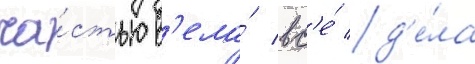
ча́стью в'ела́ вс'е́ д'е́ла